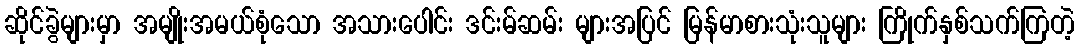
ဆိုင်ခွဲများမှာ အမျိုးအမယ်စုံသော အသားပေါင်း ဒင်းမ်ဆမ်း များအပြင် မြန်မာစားသုံးသူများ ကြိုက်နှစ်သက်ကြတဲ့